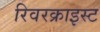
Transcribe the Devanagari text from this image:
रिवरक्राइस्ट